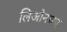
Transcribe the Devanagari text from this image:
लिओनच्या